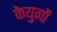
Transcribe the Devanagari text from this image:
केयुगों